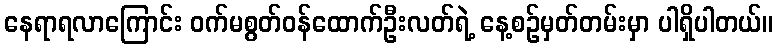
နေရာရလာကြောင်း ဝက်မစွတ်ဝန်ထောက်ဦးလတ်ရဲ့ နေ့စဉ်မှတ်တမ်းမှာ ပါရှိပါတယ်။